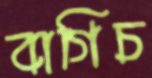
বাগিচ